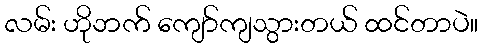
လမ်း ဟိုဘက် ကျော်ကျသွားတယ် ထင်တာပဲ။